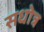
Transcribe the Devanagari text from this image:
सधोत्र